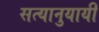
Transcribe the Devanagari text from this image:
सत्यानुयायी